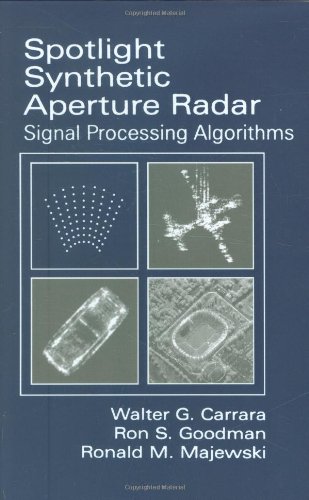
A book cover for Spotlight Synthetic Aperture Radar: Signal Processing Algorithms (Artech House Remote Sensing Library); Walter G. Carrara; Crafts, Hobbies & Home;